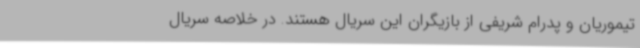
تیموریان و پدرام شریفی از بازیگران این سریال هستند. در خلاصه سریال